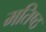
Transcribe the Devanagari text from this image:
मतिष्ठ